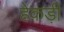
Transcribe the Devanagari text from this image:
हेकड़ी